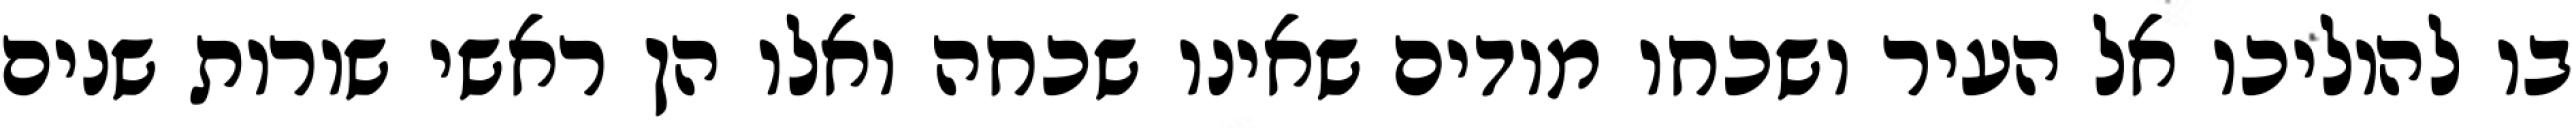
בו להוליכו אל העיר ושכחו מודים שאינו שכחה ואלו הן ראשי שורות שנים